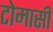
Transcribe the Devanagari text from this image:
टोमासी